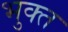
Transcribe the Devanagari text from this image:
भुक्‍त